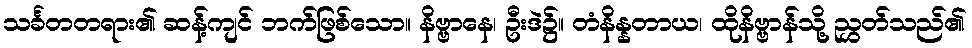
သင်္ခတတရား၏ ဆန့်ကျင် ဘက်ဖြစ်သော။ နိဗ္ဗာနေ၊ ဦးဒဲ၌။ တံနိန္နတာယ၊ ထိုနိဗ္ဗာန်သို့ ညွှတ်သည်၏